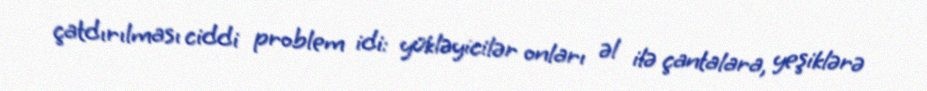
çatdırılması ciddi problem idi: yükləyicilər onları əl ilə çantalara, yeşiklərə